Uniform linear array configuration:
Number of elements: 64
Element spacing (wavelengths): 1
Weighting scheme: kaiser
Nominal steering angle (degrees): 15
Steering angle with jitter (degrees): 15.621
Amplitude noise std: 0.05
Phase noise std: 0.05

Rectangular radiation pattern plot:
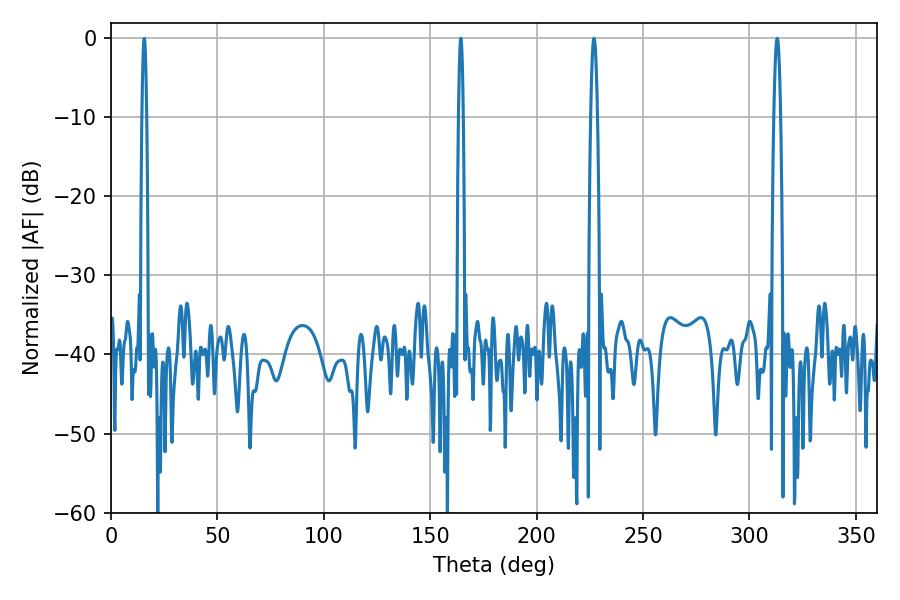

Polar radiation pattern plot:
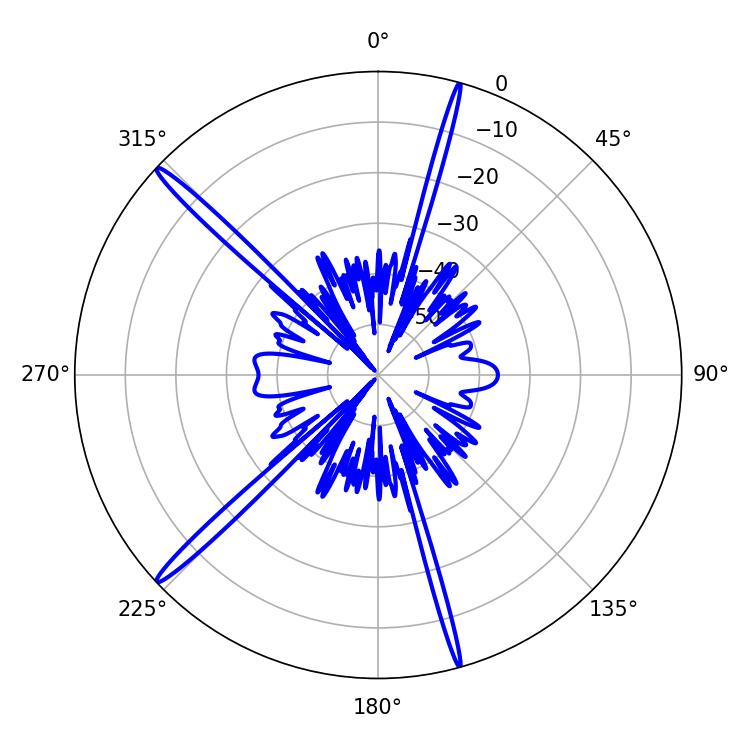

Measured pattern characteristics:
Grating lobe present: TRUE
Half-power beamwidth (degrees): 1.8
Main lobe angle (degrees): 313.02